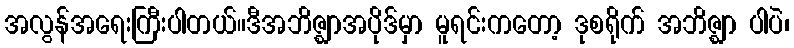
အလွန်အရေးကြီးပါတယ်။ဒီအဘိဇ္ဈာအပိုဒ်မှာ မူရင်းကတော့ ဒုစရိုက် အဘိဇ္ဈာ ပါပဲ၊